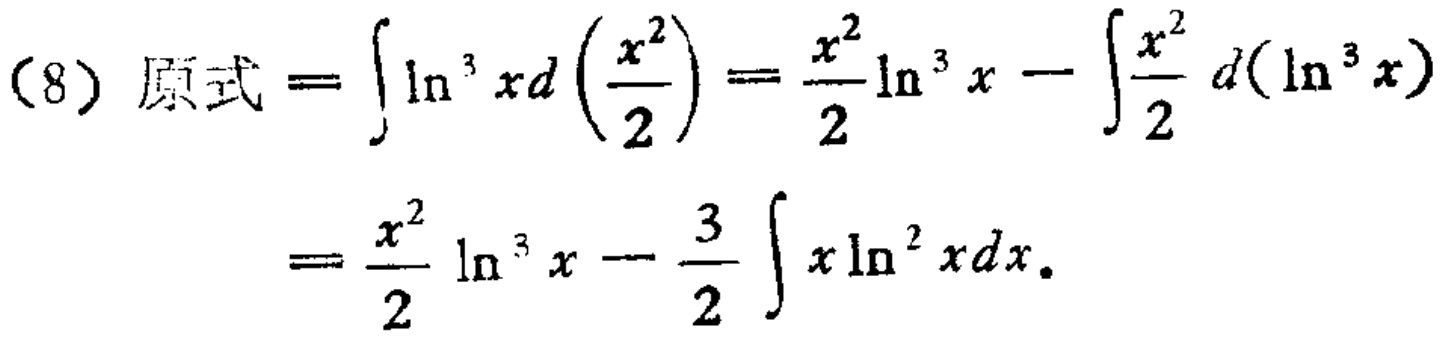
(8) 原式 \(=\int \ln^{3}x d\left(\frac{x^{2}}{2}\right)=\frac{x^{2}}{2}\ln^{3}x - \int\frac{x^{2}}{2}d(\ln^{3}x)\)

\(=\frac{x^{2}}{2}\ln^{3}x - \frac{3}{2}\int x\ln^{2}x dx\)